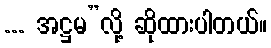
... အဋ္ဌမ”လို့ ဆိုထားပါတယ်။